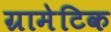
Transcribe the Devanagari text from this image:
ग्रामेटिक